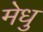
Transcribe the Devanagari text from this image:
मेधु